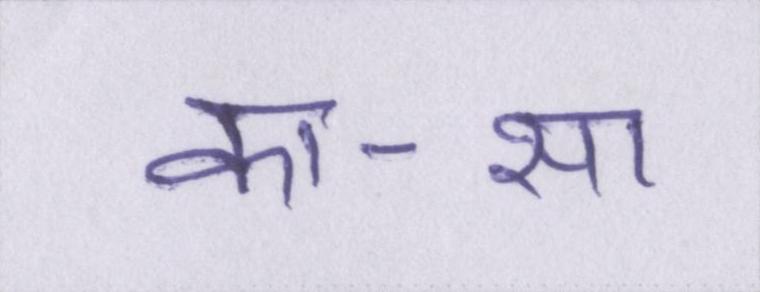
का-सा